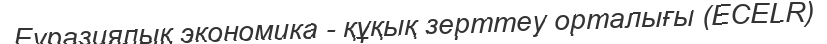
Еуразиялық экономика - құқық зерттеу орталығы (ECELR)